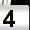
Digit: 4